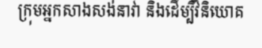
ក្រុមអ្នកសាងសង់នាវា និងដើម្បីវិនិយោគ